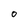
Character: 0